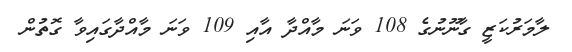
ލާމަރުކަޒީ ގާނޫނުގެ 108 ވަނަ މާއްދާ އާއި 109 ވަަނަ މާއްދާގައިވާ ގޮތުން